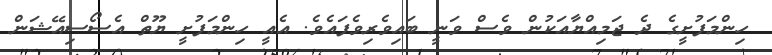
ހިންމަފުށީގެ ދެ ޖަމިއްޔާއަކުން ވެސް ވަނީ ބައިވެރިވެފައެވެ. އެއީ ހިންމަފުށީ ޔޫތް އެސޯސިއޭޝަން